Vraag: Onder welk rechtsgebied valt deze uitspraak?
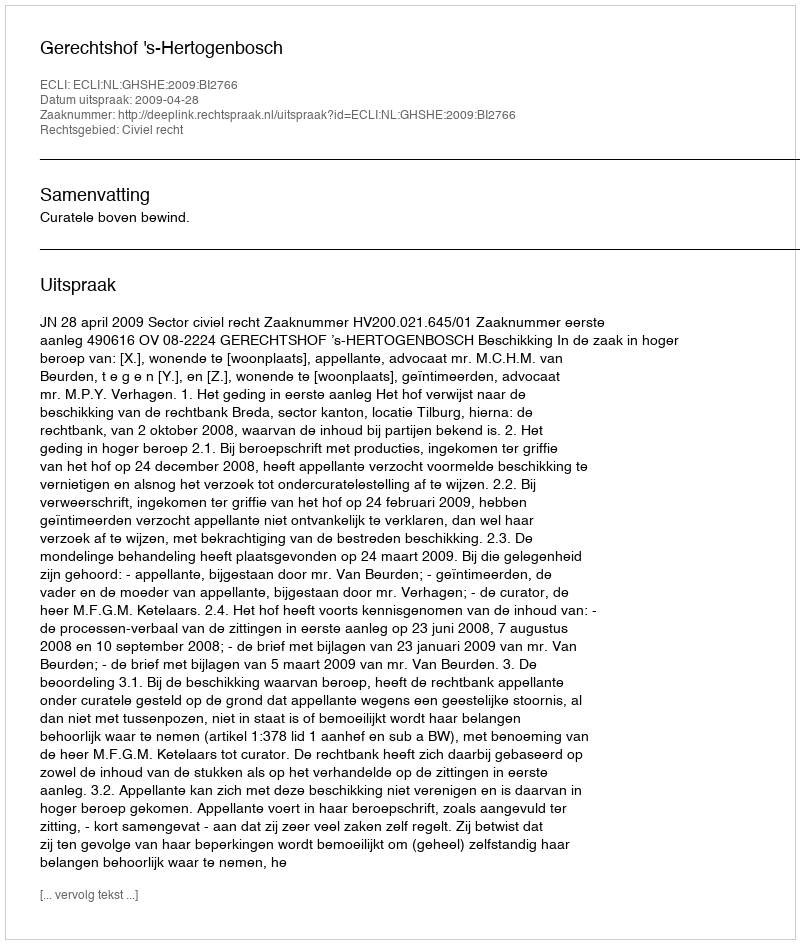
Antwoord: Civiel recht